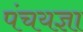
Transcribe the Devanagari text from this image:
पंचयज्ञा